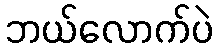
ဘယ်လောက်ပဲ